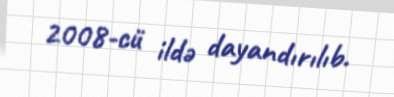
2008-cü ildə dayandırılıb.